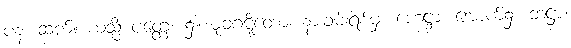
ပန၊ ဆက်။ ယသ္မိံ ပတ္တေ၊ ၌။ မုခဂဋ္ဋိတော၊ နားခမ်းရစ်မှ။ ဟေဋ္ဌာ၊ အောက်၌။ ဘဋ္ဌာ၊